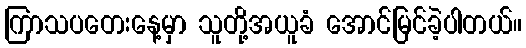
ကြာသပတေးနေ့မှာ သူတို့အယူခံ အောင်မြင်ခဲ့ပါတယ်။